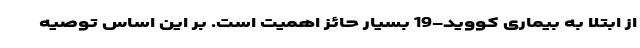
از ابتلا به بیماری کووید-19 بسیار حائز اهمیت است. بر این اساس توصیه